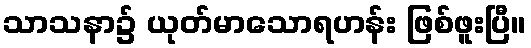
သာသနာ၌ ယုတ်မာသောရဟန်း ဖြစ်ဖူးပြီ။